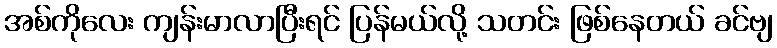
အစ်ကိုလေး ကျန်းမာလာပြီးရင် ပြန်မယ်လို့ သတင်း ဖြစ်နေတယ် ခင်ဗျ